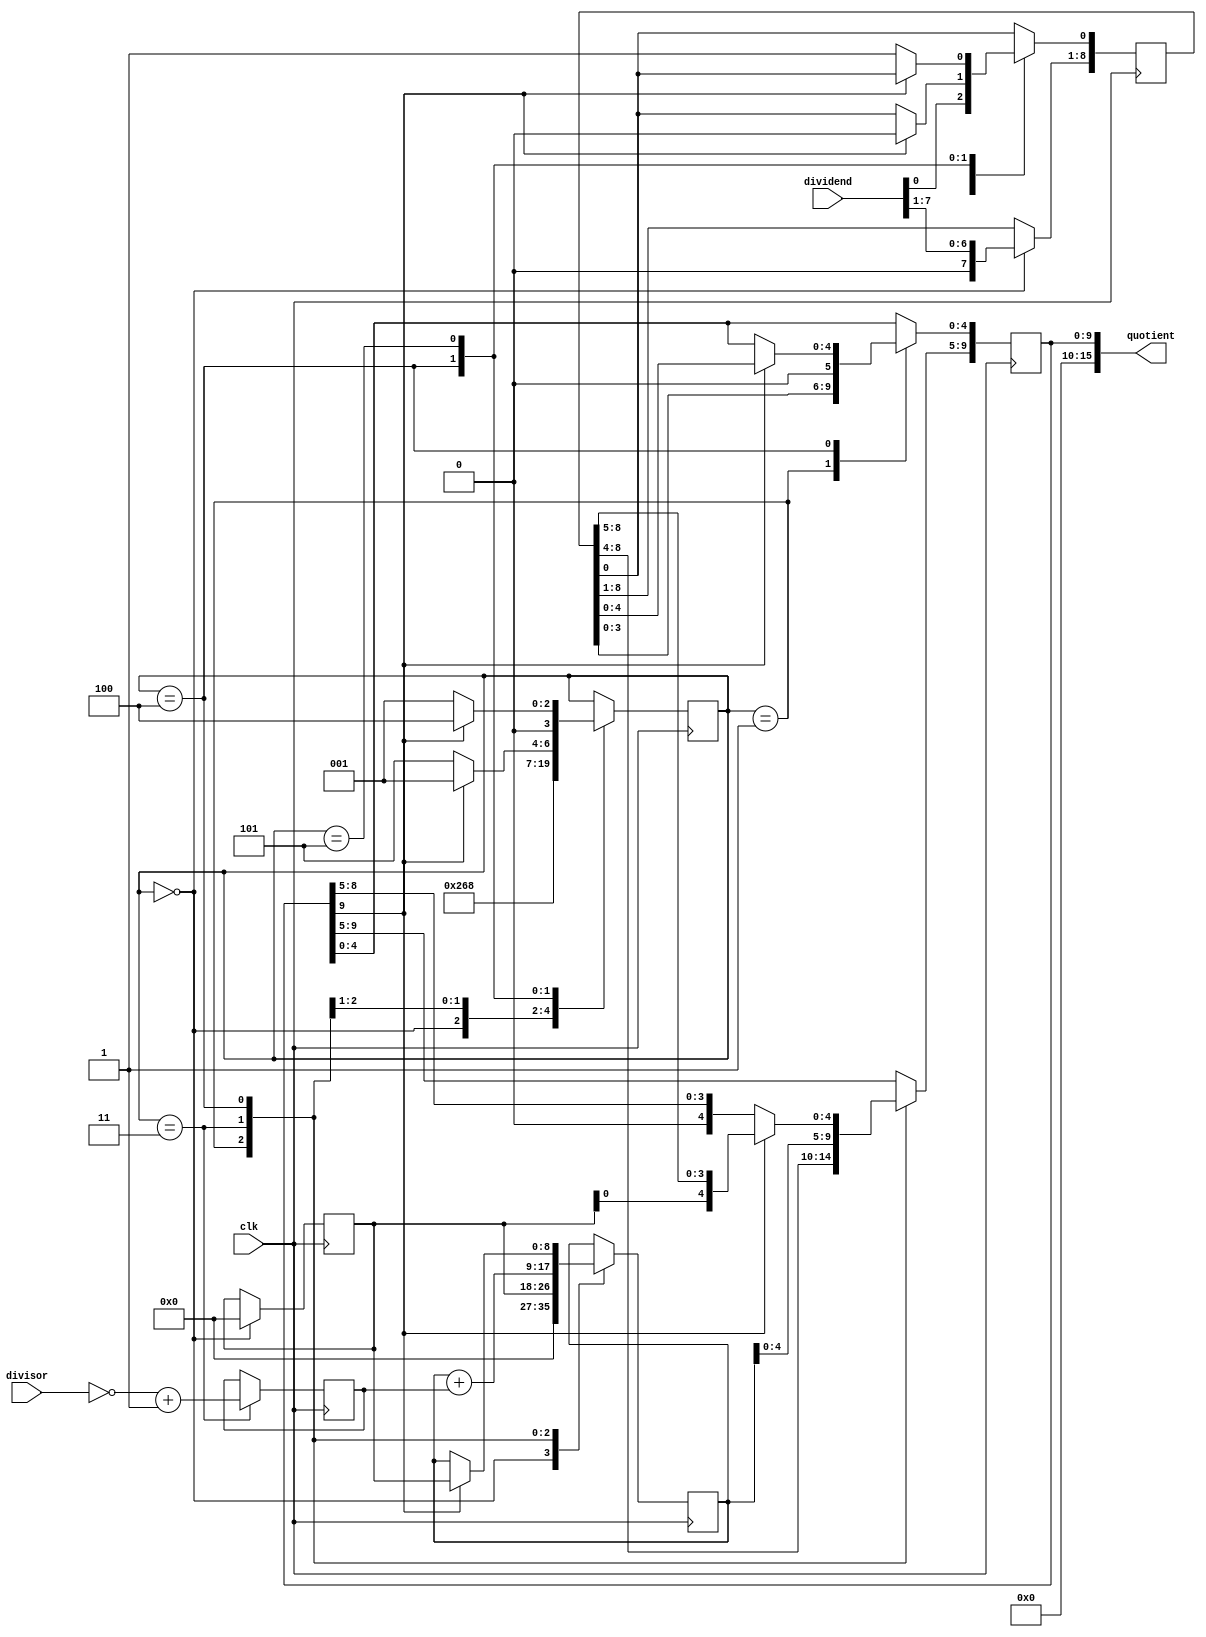
module division_restore(dividend,divisor,quotient,clk);
		parameter s1=3'd0, s2=3'd1, s3=3'd3, s4=3'd4, s5=3'd5;
		input [7:0] dividend;
		input [8:0] divisor;
		reg [8:0] divisor_new;
		input clk;
		output [15:0] quotient;
		reg [4:0]counter=8'd0;
		reg [8:0] accumulator,accumulator1;
		reg	[3:0]state=0;
		reg [8:0]q;
		reg [9:0]accu_q;

		assign quotient=accu_q;
		always@(posedge clk)
			begin
				case(state)
					s1:	begin
							accumulator <= 9'd0;
							accumulator1 <= 9'd0;
							q <= dividend;
							counter <= counter + 1;
							state <= s2;
						end
					s2:	begin
							accu_q <= ( {accumulator1,q} << 1 );
							accumulator <= accumulator1;
							counter <= counter + 1;
							state <= s3;
						end
					s3:	begin
							divisor_new <= (~divisor) + 1;
							accumulator <= accumulator + divisor_new;
							accu_q[9:5] <= accumulator;
							counter <= counter + 1;
							state <= s4;
						end
					s4:	begin
							if(accu_q[9] == 1)
								begin
									accumulator <= accumulator1;
									accu_q[9:5] <= accumulator;
									q[0] <= 1'b0;
									accu_q <= ( {accumulator1,q} );
									counter <= counter + 1;
										begin
											if( counter >= 4'd8)
												counter <= 4'd0;
											else
												counter <= counter + 1;
										end
									state <= s2;
								end
							else
								begin
									state <= s5;
									counter <= counter + 1;
								end
						end
					s5:	begin
							if(accu_q[9] == 0)
								begin
									q[0] <= 1'b1;
									counter <= counter + 1;
										begin
											if( counter >= 4'd8)
												counter <= 4'd0;
											else
												counter <= counter + 1;
										end
									state <= s2;
								end
							else
								begin
									state <= s4;
									counter <= counter + 1;
								end
						end
				endcase
			end

endmodule